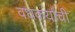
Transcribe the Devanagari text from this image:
वधकर्यांची